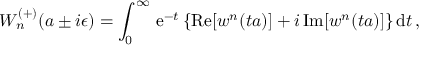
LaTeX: W _ { n } ^ { ( + ) } ( a \pm i \epsilon ) = \int _ { 0 } ^ { \infty } \, \mathrm { e } ^ { - t } \, \{ \mathrm { R e } [ w ^ { n } ( t a ) ] + i \, \mathrm { I m } [ w ^ { n } ( t a ) ] \} \, \mathrm { d } t \, ,